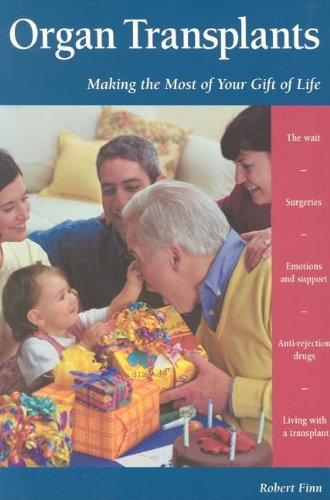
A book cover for Organ Transplants: Making the Most of Your Gift of Life (Patient Centered Guides); Robert Finn; Health, Fitness & Dieting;